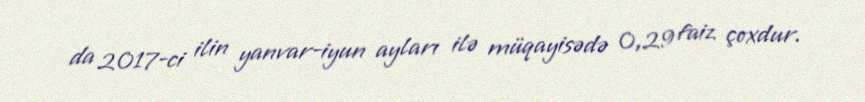
da 2017-ci ilin yanvar-iyun ayları ilə müqayisədə 0,29 faiz çoxdur.